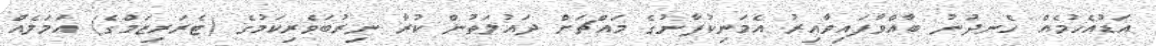
އަޑުއެހުމެއް ހެނދުނު ބާއްވާފައިވާއިރު އެމަނިކުފާނުގެ މައްޗަށް ދައުލަތުން ކުރާ ނިރުބަވެރިކަމުގެ (ޓެރަރިޒަމްގެ) އަމަލެއް